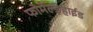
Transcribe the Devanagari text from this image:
फोर्मेल्ड़ेहाईड